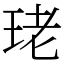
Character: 珯